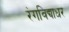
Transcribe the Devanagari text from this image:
रंगविद्याधर